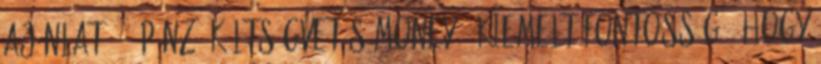
ajánlat. 3. Pénz, költségvetés Money : Kiemelt fontosságú, hogy